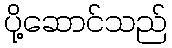
ပို့ဆောင်သည်